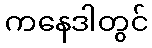
ကနေဒါတွင်